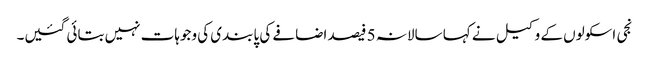
نجی اسکولوں کے وکیل نے کہا سالانہ 5 فیصد اضافے کی پابندی کی وجوہات نہیں بتائی گئیں۔